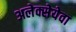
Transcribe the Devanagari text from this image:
अलेक्सेयेवा